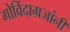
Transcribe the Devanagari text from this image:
गोविंदाग्रजांनी